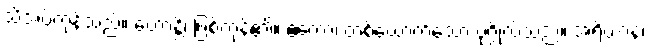
သိအပ်ကုန်သည်။ ဟောန္တိ၊ ဖြစ်ကုန်၏။ ဧကော၊ တစ်ယောက်သော ပုဂ္ဂိုလ်သည်။ အရိယာနံ၊